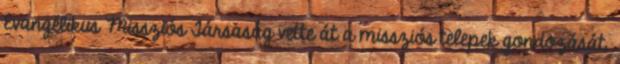
Evangélikus Missziós Társaság vette át a missziós telepek gondozását.